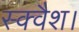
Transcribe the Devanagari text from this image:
स्क्वैश।